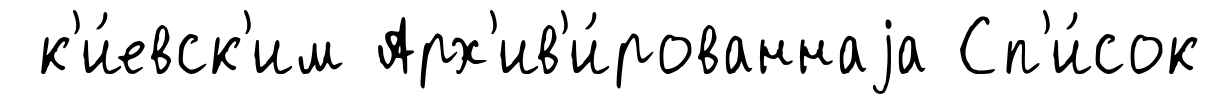
к'и́евск'им Арх'ив'и́рованнаjа Сп'и́сок